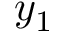
y _ { 1 }